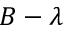
B - \lambda